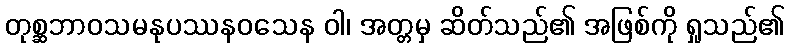
တုစ္ဆဘာဝသမနုပဿနဝသေန ဝါ၊ အတ္တမှ ဆိတ်သည်၏ အဖြစ်ကို ရှုသည်၏